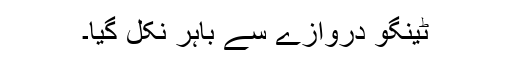
ٹینگو دروازے سے باہر نکل گیا۔